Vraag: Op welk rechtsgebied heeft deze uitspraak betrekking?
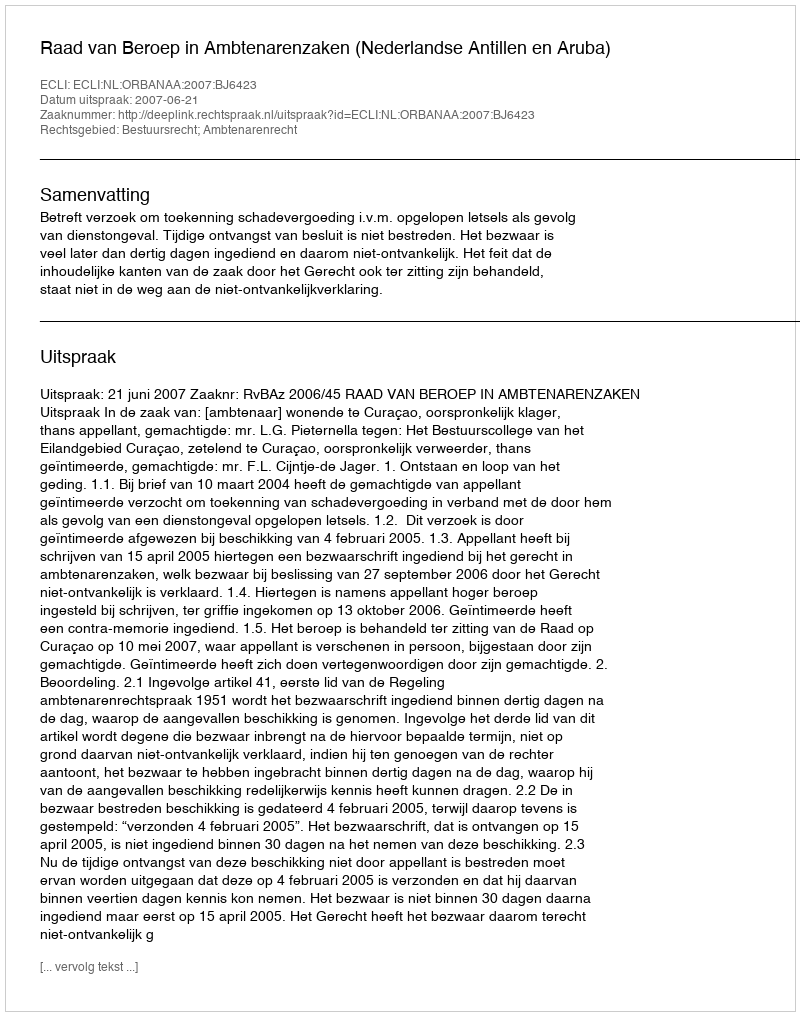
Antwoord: Bestuursrecht; Ambtenarenrecht